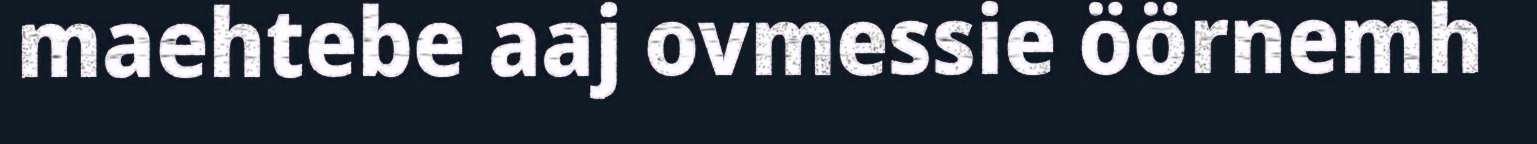
maehtebe aaj ovmessie öörnemh